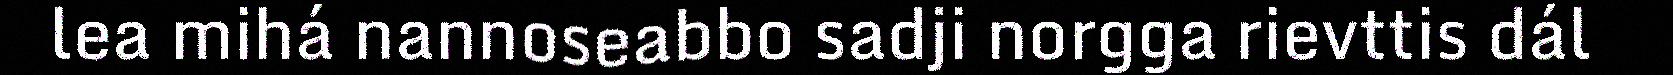
lea mihá nannoseabbo sadji norgga rievttis dál